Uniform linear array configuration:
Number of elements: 4
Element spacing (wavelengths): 0.5
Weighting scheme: exponential
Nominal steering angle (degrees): -45
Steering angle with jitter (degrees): -43.107
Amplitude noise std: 0.05
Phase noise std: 0.05

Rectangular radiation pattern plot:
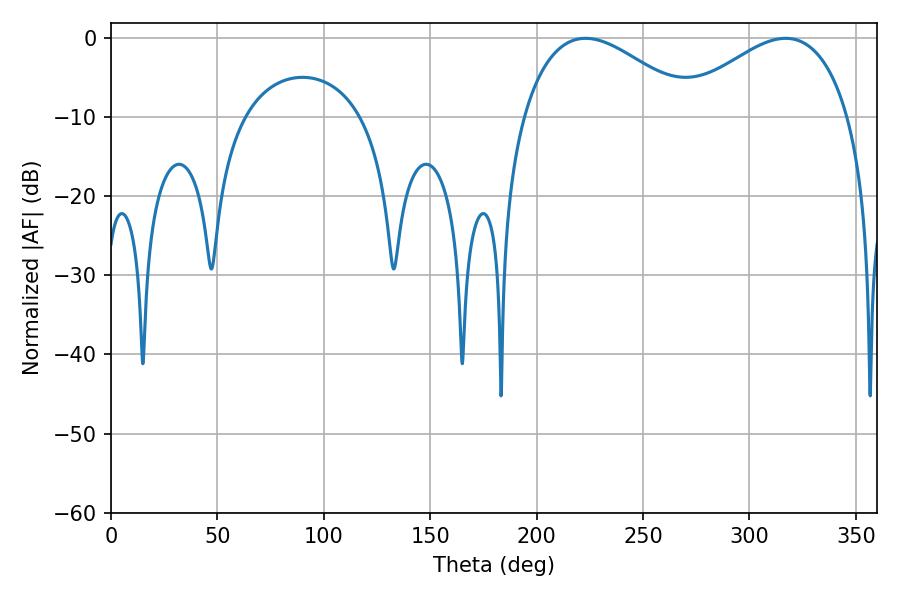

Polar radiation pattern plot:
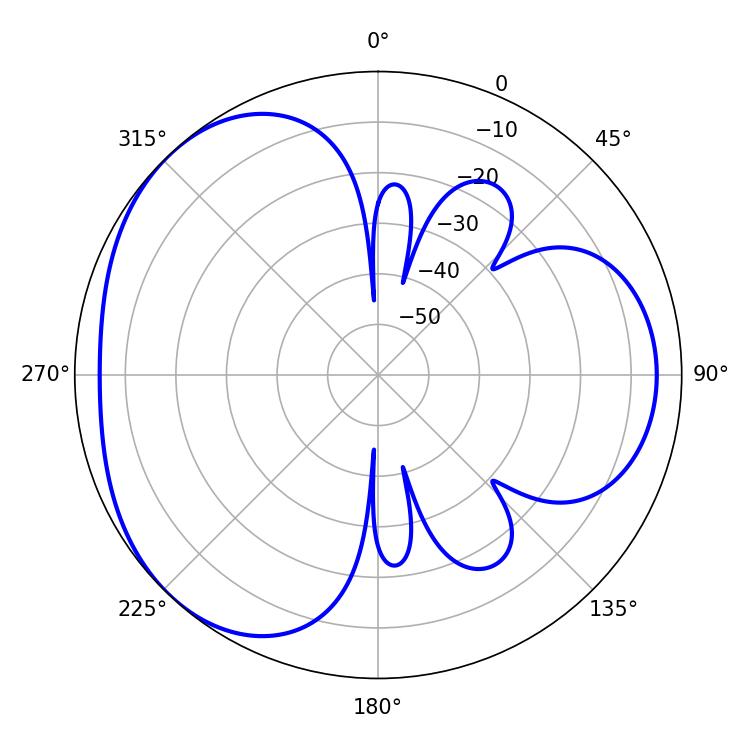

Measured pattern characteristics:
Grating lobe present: FALSE
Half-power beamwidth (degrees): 44.1
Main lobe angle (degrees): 223.02